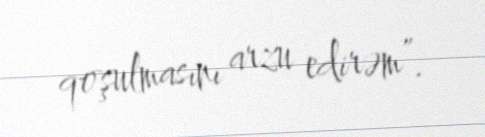
qoşulmasını arzu edirəm”.